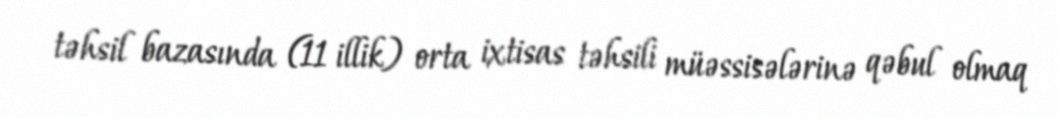
təhsil bazasında (11 illik) orta ixtisas təhsili müəssisələrinə qəbul olmaq